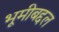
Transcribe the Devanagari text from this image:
भूमीबद्दल